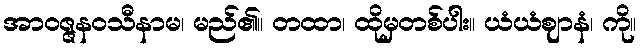
အာဝဇ္ဇနဝသီနာမ၊ မည်၏။ တထာ၊ ထိုမှတစ်ပါး။ ယံယံဈာနံ၊ ကို။